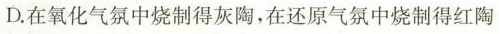
D.在氧化气氛中烧制得灰陶，在还原气氛中烧制得红陶